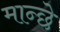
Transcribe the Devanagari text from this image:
मान्छे